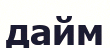
дайм